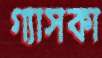
গ্যাসকা